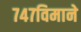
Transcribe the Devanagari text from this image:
७४७विमाने